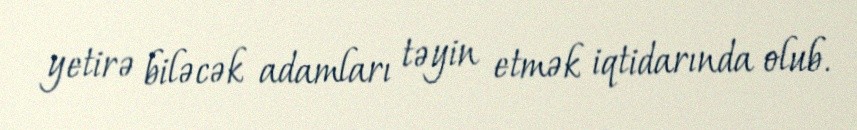
yetirə biləcək adamları təyin etmək iqtidarında olub.